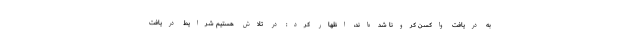
به دریافت واکسن کرونا شده‌اند، اظهار کرد: در تلاش هستیم شرایط دریافت